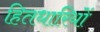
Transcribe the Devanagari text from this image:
हितधारियों